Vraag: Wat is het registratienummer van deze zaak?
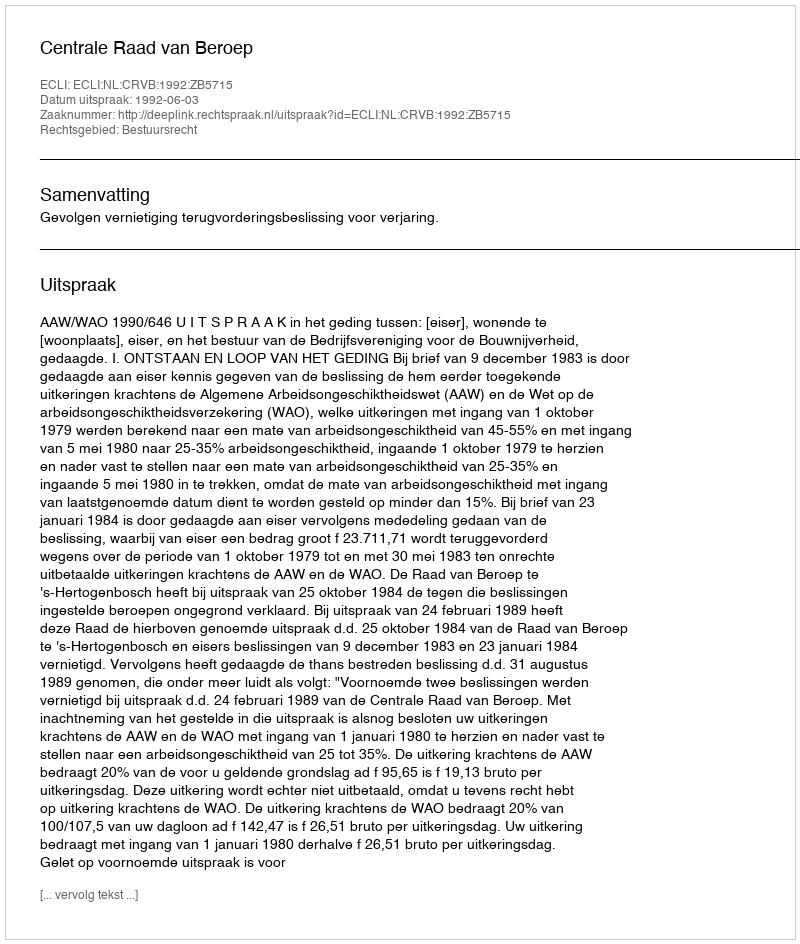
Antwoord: http://deeplink.rechtspraak.nl/uitspraak?id=ECLI:NL:CRVB:1992:ZB5715